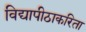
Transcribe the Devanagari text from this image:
विद्यापीठाकरिता